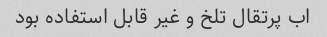
اب پرتقال تلخ و غیر قابل استفاده بود